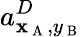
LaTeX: a_{\mathbf{x}_{\mathrm{{~A~}}},y_{\mathrm{{~B~}}}}^{D}